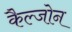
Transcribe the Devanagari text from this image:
कैल्जोन